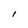
Character: l